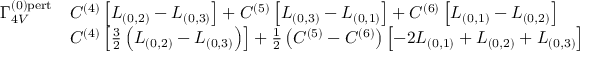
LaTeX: \begin{array} { r l } { { \Gamma _ { 4 V } ^ { ( 0 ) \mathrm { { p e r t } } } } } & { { C ^ { ( 4 ) } \left[ L _ { ( 0 , 2 ) } - L _ { ( 0 , 3 ) } \right] + C ^ { ( 5 ) } \left[ L _ { ( 0 , 3 ) } - L _ { ( 0 , 1 ) } \right] + C ^ { ( 6 ) } \left[ L _ { ( 0 , 1 ) } - L _ { ( 0 , 2 ) } \right] } } \\ { { \mathrm { } } } & { { C ^ { ( 4 ) } \left[ \frac { 3 } { 2 } \left( L _ { ( 0 , 2 ) } - L _ { ( 0 , 3 ) } \right) \right] + \frac { 1 } { 2 } \left( C ^ { ( 5 ) } - C ^ { ( 6 ) } \right) \left[ - 2 L _ { ( 0 , 1 ) } + L _ { ( 0 , 2 ) } + L _ { ( 0 , 3 ) } \right] } } \end{array}